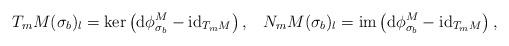
LaTeX: \begin{align*} T_mM(\sigma_b)_l=\ker\left(\mathrm{d}\phi^M_{\sigma_b}-\mathrm{id}_{T_mM}\right),\,\,\,\,\,N_mM(\sigma_b)_l=\mathrm{im}\left(\mathrm{d}\phi^M_{\sigma_b}-\mathrm{id}_{T_mM}\right),\end{align*}